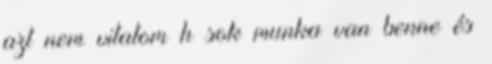
azt nem vitatom h sok munka van benne és